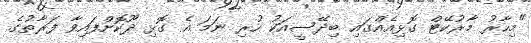
"މިހާރު މާރުކޭޓް ގޮޅިއެއްގައި ބިދޭސީއަކު ހުރި ނަމަ އެ ގޮޅި ދޫކޮށްފައިވާ ފަރާތުގެ